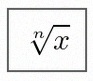
\sqrt[n]{x}